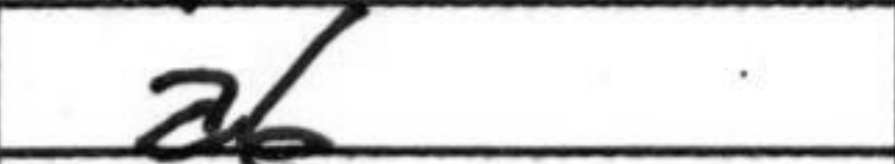
Transcription: a6